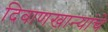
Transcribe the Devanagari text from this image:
दिवाणखान्यांचे